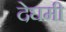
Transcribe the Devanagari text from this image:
देघमी